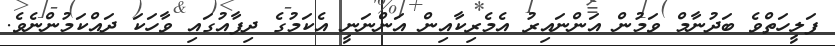
ފަލީހަތްވެ ބަދުނާމް ވަމުން އަންނައިރު އެމެރިކާއިން އަންނަނީ އެކަމުގެ ދިފާއުގައި ވާހަކަ ދައްކަމުންނެވެ.